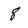
Character: 8